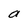
Character: a